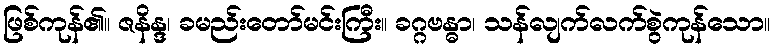
ဖြစ်ကုန်၏။ ဇနိန္ဒ၊ ခမည်းတော်မင်းကြီး။ ခဂ္ဂဗန္ဓာ၊ သန်လျက်လက်စွဲကုန်သော။